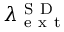
\lambda _ { \mathrm { ~ e ~ x ~ t ~ } } ^ { \mathrm { ~ S ~ D ~ } }